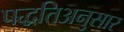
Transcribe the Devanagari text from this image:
पद्धतिअनुसार